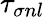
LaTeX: \tau_{\sigma nl}